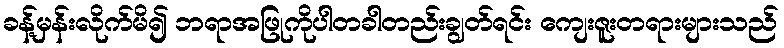
ခန့်မှန်းလိုက်မိ၍ ဘရာအဖြုကိုပါတခါတည်းချွတ်ရင်း ကျေးဇူးတရားများသည်